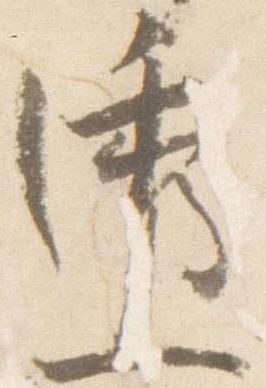
透